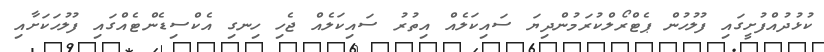
ކުޅުދުއްފުށީގައި ފުލުހުން ޕެޓްރޯލްކުރަމުންދިޔަ ސައިކަލެއް އިތުރު ސައިކަލެއް ޖެހި ހިނގި އެކްސިޑެންޓެއްގައި ފުލުހަކަށާއި